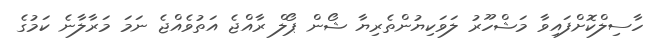
ހާސިލްކޮށްފައިވާ މަޝްހޫރު ލަވަކިޔުންތެރިޔާ ޝޯން ޕޯލް ރާއްޖެ އަތުވެއްޖެ ނަމަ މަރާލާނެ ކަމުގެ